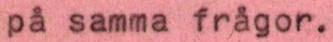
på samma frågor.